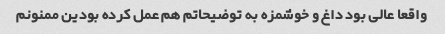
واقعا عالی بود داغ و خوشمزه به توضیحاتم هم عمل کرده بودین ممنونم